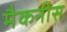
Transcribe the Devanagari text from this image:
मैकनीस